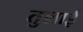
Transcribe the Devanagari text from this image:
तुलाई